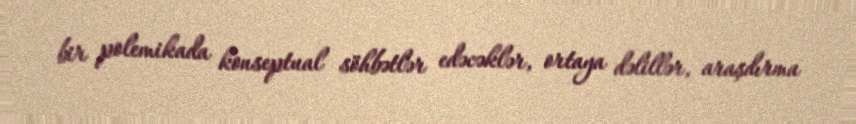
bir polemikada konseptual söhbətlər edəcəklər, ortaya dəlillər, araşdırma